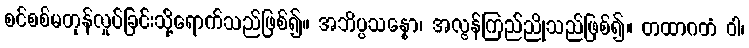
စင်စစ်မတုန်လှုပ်ခြင်းသို့ရောက်သည်ဖြစ်၍။ အဘိပ္ပသန္နော၊ အလွန်ကြည်ညိုသည်ဖြစ်၍။ တထာဂတံ ဝါ၊